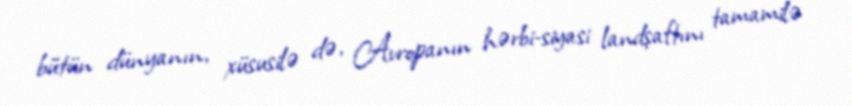
bütün dünyanın, xüsusilə də, Avropanın hərbi-siyasi landşaftını tamamilə